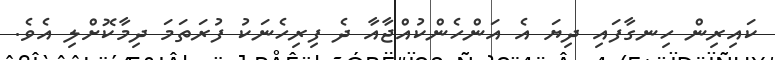
ކައިރިން ހިނގާފައި ދިޔަ އެ އަންހެންކުއްޖާއާ ދެ ފިރިހެނަކު ފުރަތަމަ ދިމާކޮށްލި އެވެ.